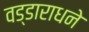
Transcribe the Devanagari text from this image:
वड्डाराधने